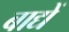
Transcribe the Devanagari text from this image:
बाद्यें